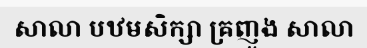
សាលា បឋមសិក្សា គ្រញូង សាលា